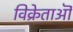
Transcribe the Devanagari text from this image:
विक्रेताऒं